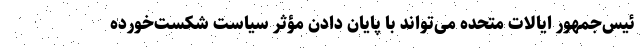
ئیس‌جمهور ایالات متحده می‌تواند با پایان دادن مؤثر سیاست شکست‌خورده